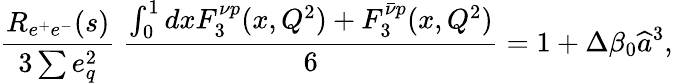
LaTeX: {\frac{R_{e^{+}e^{-}}(s)}{3\sum e_{q}^{2}}}~{\frac{\int_{0}^{1}dxF_{3}^{\nu p}(x,Q^{2})+F_{3}^{\bar{\nu}p}(x,Q^{2})}{6}}=1+\Delta\beta_{0}\widehat a^{3},